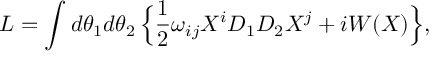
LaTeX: { \cal L } = \int d \theta _ { 1 } d \theta _ { 2 } \, \Bigl \{ \frac { 1 } { 2 } \omega _ { i j } X ^ { i } D _ { 1 } D _ { 2 } X ^ { j } + i W ( X ) \Bigr \} ,